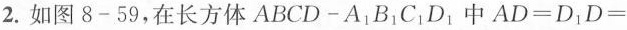
2.如图 8-59,在长方体 ABCD-A_{1}B_{1}C_{1}D_{1}中 $$A D = D _ { 1 } D =